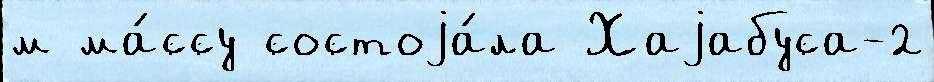
м ма́ссу состоjа́ла Хаjабуса-2